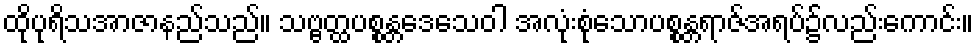
ထိုပုရိသအာဇာနည်သည်။ သဗ္ဗတ္ထပစ္စန္တဒေသေဝါ အလုံးစုံသောပစ္စန္တရာဇ်အရပ်၌လည်းကောင်း။